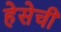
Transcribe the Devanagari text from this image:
हेसेची